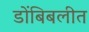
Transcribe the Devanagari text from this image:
डोंबिबलीत